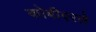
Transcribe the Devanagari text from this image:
कोबीएरले